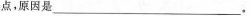
点，原因是___。